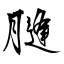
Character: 膖